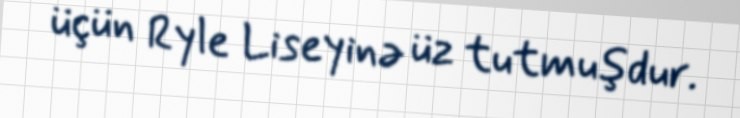
üçün Ryle Liseyinə üz tutmuşdur.